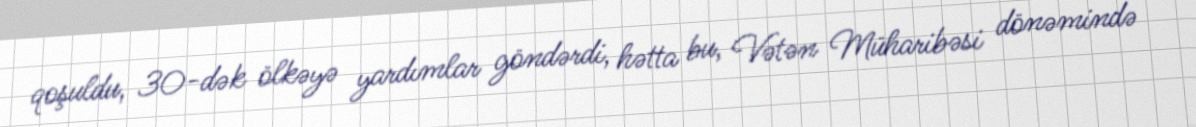
qoşuldu, 30-dək ölkəyə yardımlar göndərdi, hətta bu, Vətən Müharibəsi dönəmində